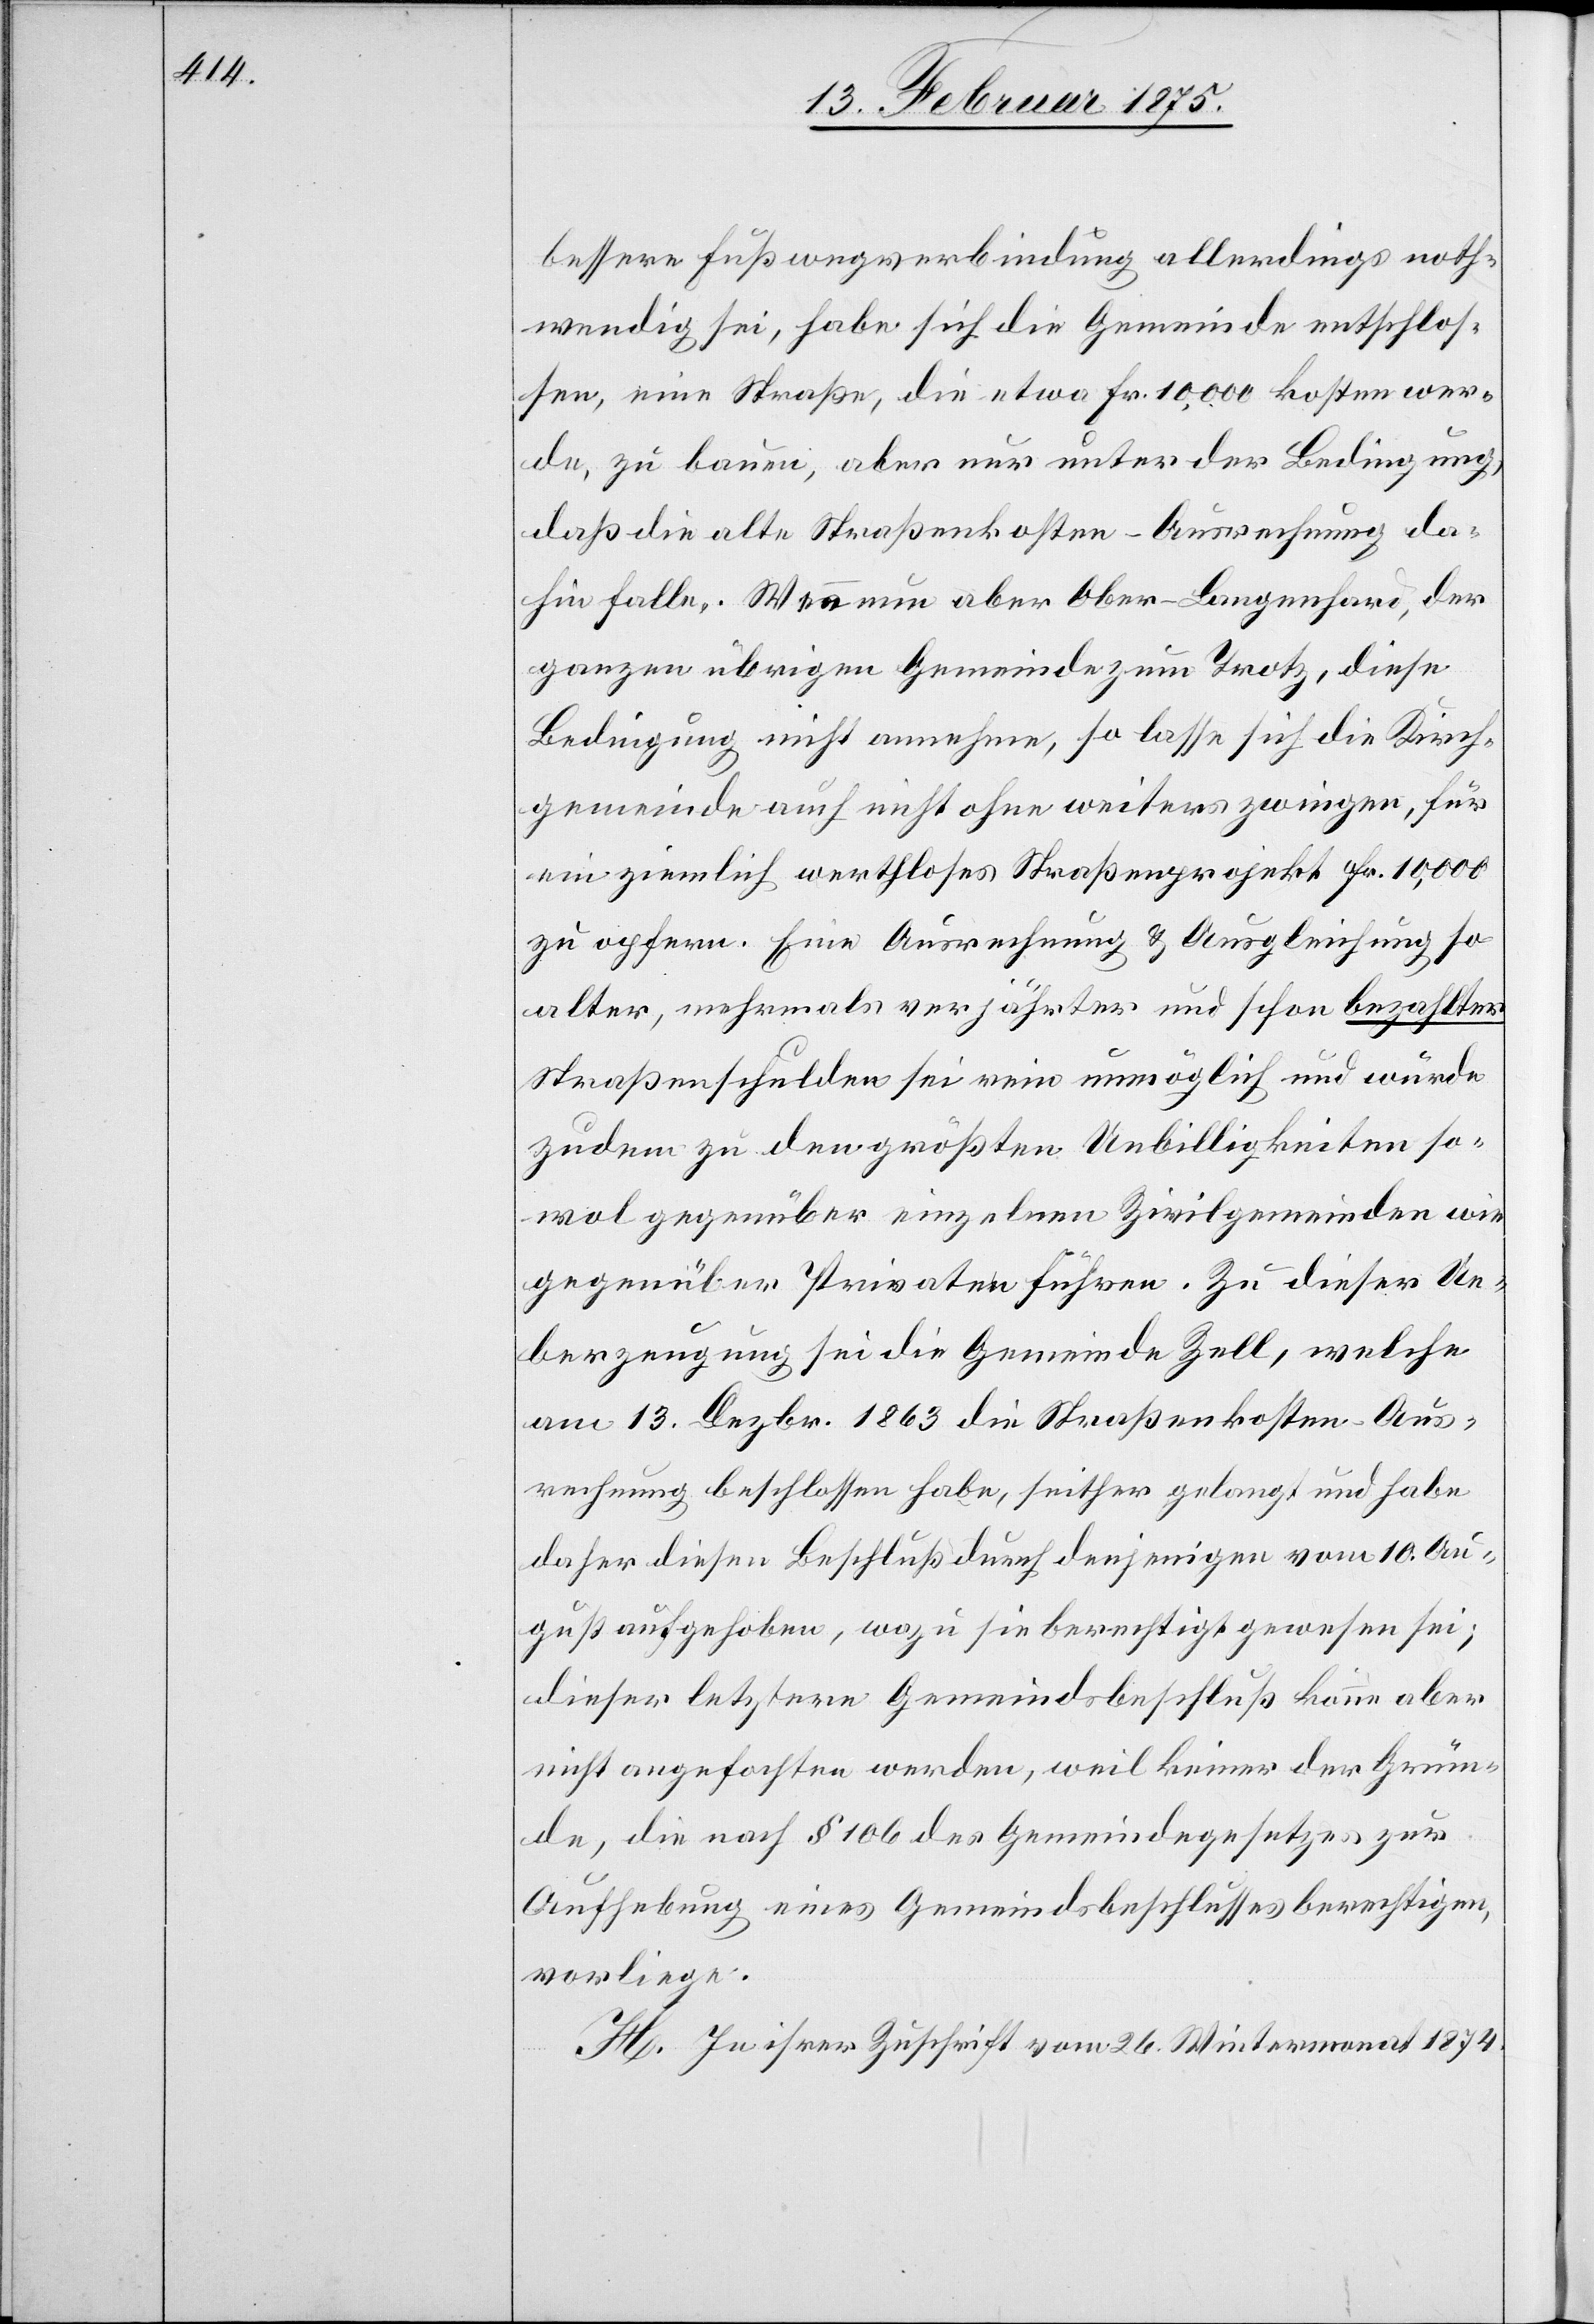
bessere Fußwegverbindung allerdings noth¬
wendig sei, habe sich die Gemeinde entschlos¬
sen, eine Straße, die etwa Fr. 10,000 kosten wer¬
de, zu bauen, aber nur unter der Bedingung,
daß die alte Straßenkosten-Ausrechnung da¬
hin falle. Wenn nun aber Ober-Langenhard, der
ganzen übrigen Gemeinde zum Trotz, diese
Bedingung nicht annehme, so lasse sich die Kirch¬
gemeinde auch nicht ohne weiters zwingen, für
ein ziemlich werthloses Straßenprojekt Fr. 10,000
zu opfern. Eine Ausrechnung & Ausgleichung so
alter, mehrmals verjährter und schon bezahlter
Straßenschulden sei rein unmöglich und würde
zudem zu den größten Unbilligkeiten so¬
wol gegenüber einzelnen Zivilgemeinden wie
gegenüber Privaten führen. Zu dieser Ue¬
berzeugung sei die Gemeinde Zell, welche
am 13. Dezbr. 1863 die Straßenkosten-Aus¬
rechnung beschlossen habe, seither gelangt und habe
daher diesen Beschluß durch denjenigen vom 10 Au¬
gust aufgehoben, wozu sie berechtigt gewesen sei;
dieser letztere Gemeindsbeschluß kann aber
nicht angefochten werden, weil keiner der Grün¬
de, die nach § 106 des Gemeindegesetzes zur
Aufhebung eines Gemeindsbeschlusses berechtigen,
vorliege.
H. In ihrer Zuschrift vom 26. Wintermonat 1874